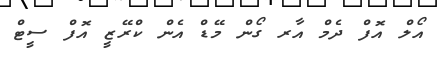
އޯލް އޮފް ދެމް އާރ ގޯން މޭޑް އެން ކްރޭޒީ އޮފް ސީޓް